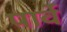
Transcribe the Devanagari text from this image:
पार्वे